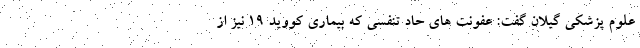
علوم پزشکی گیلان گفت: عفونت های حاد تنفسی که بیماری کووید ١٩ نیز از